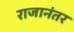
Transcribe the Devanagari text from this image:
राजानंतर